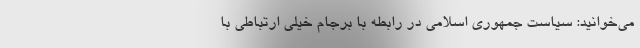
می‌خوانید: سیاست جمهوری اسلامی در رابطه با برجام خیلی ارتباطی با